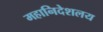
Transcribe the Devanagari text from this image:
महानिदेशलय